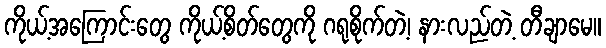
ကိုယ့်အကြောင်းတွေ ကိုယ့်စိတ်တွေကို ဂရုစိုက်တဲ့၊ နားလည်တဲ့ တီချာမေ။